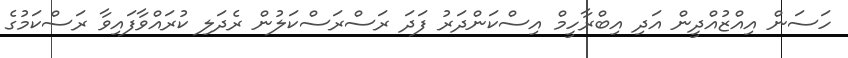
ހަސަން އިއްޒުއްދީން އަދި އިބްރާހީމް އިސްކަންދަރު ފަދަ ރަސްރަސްކަލުން ރެދަލި ކުރައްވާފައިވާ ރަސްކަމުގެ